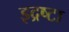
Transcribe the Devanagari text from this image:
इद्रष्टा